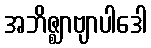
အဘိဇ္ဈာဗျာပါဒေါ